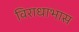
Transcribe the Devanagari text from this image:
विराधाभास